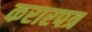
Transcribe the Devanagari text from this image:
करारपत्र